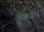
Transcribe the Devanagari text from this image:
कोलाजनेज़